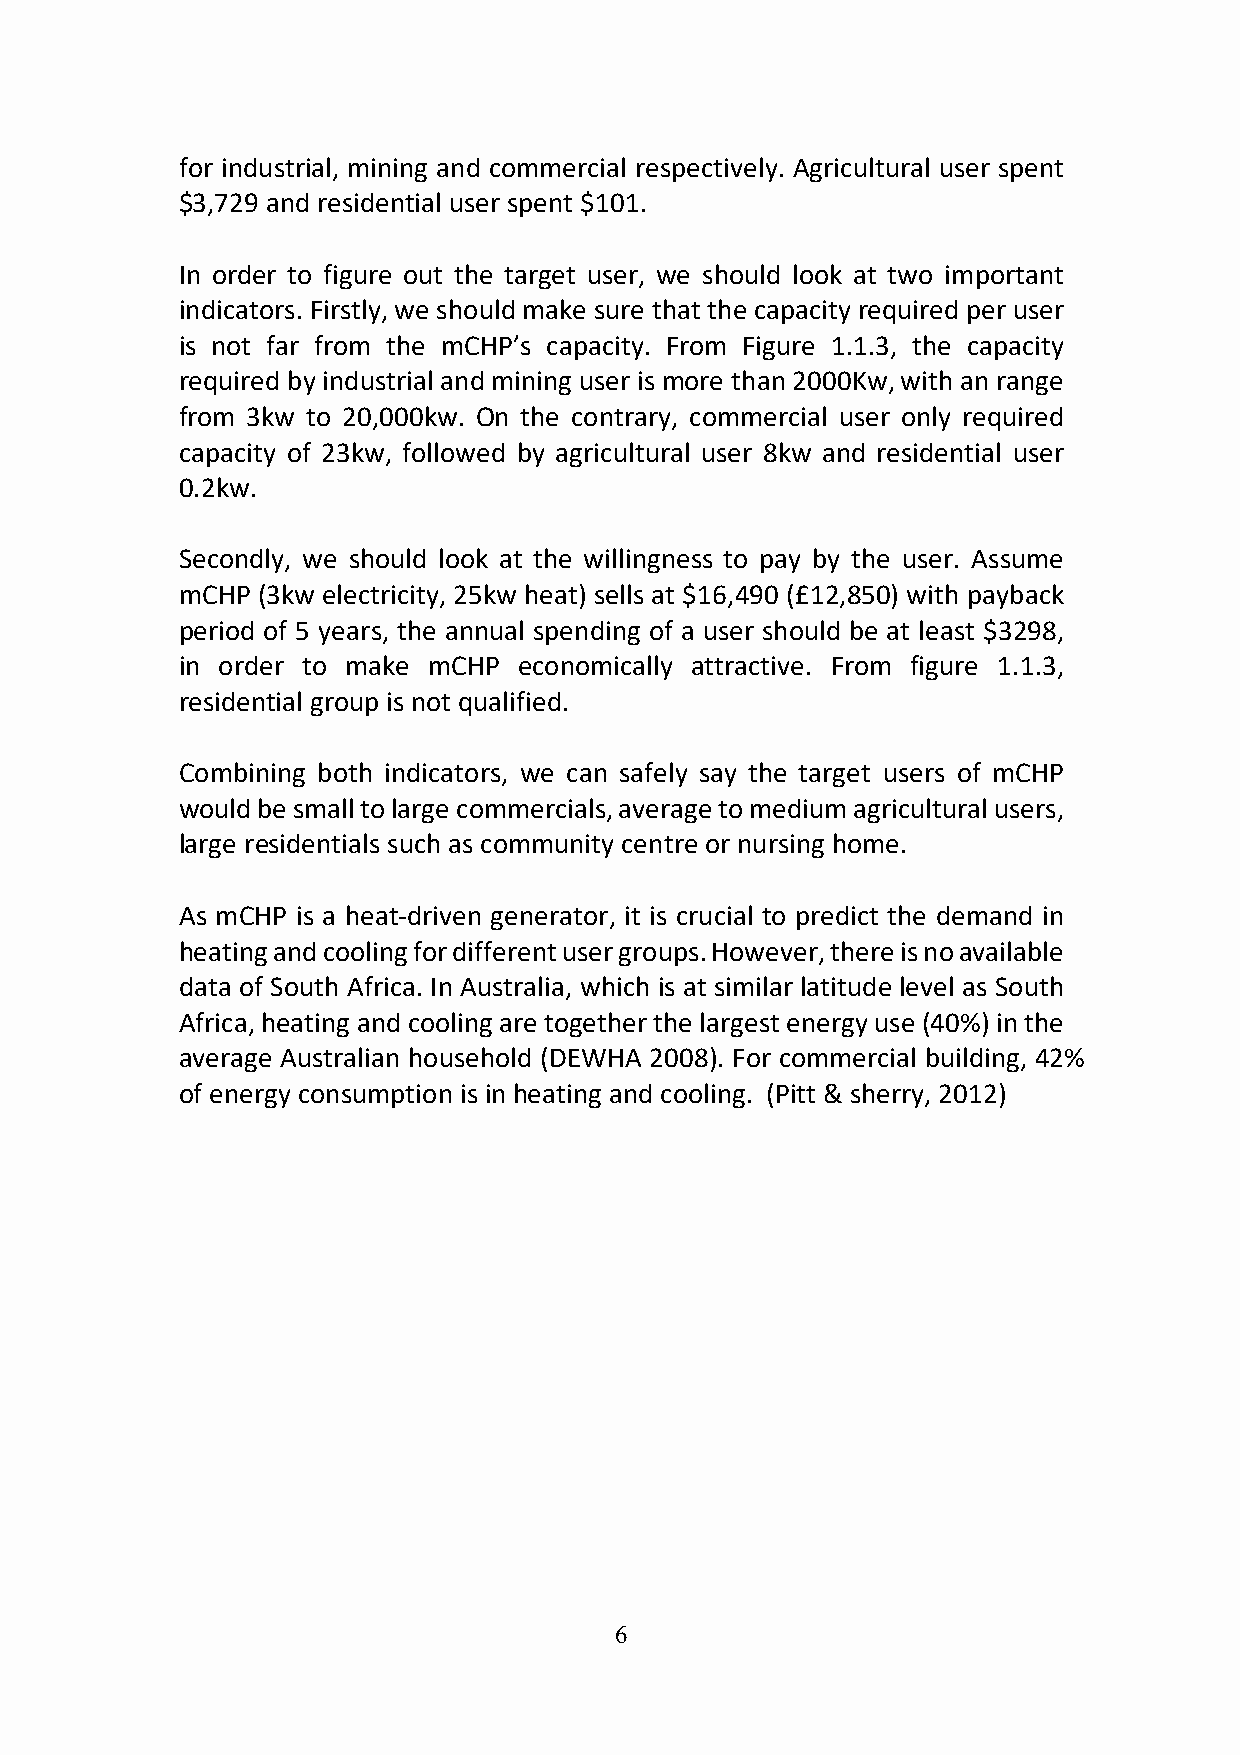
for industrial, mining and commercial respectively. Agricultural user spent
 $3,729 and residential user spent $101.
 In order to figure out the target user, we should look at two important
 indicators. Firstly, we should make sure that the capacity required per user
 is not far from the mCHP’s capacity. From Figure 1.1.3, the capacity
 required by industrial and mining user is more than 2000Kw, with an range
 from 3kw to 20,000kw. On the contrary, commercial user only required
 capacity of 23kw, followed by agricultural user 8kw and residential user
 0.2kw.
 Secondly, we should look at the willingness to pay by the user. Assume
 mCHP (3kw electricity, 25kw heat) sells at $16,490 (£12,850) with payback
 period of 5 years, the annual spending of a user should be at least $3298,
 in order to make mCHP economically attractive. From figure 1.1.3,
 residential group is not qualified.
 Combining both indicators, we can safely say the target users of mCHP
 would be small to large commercials, average to medium agricultural users,
 large residentials such as community centre or nursing home.
 As mCHP is a heat-driven generator, it is crucial to predict the demand in
 heating and cooling for different user groups. However, there is no available
 data of South Africa. In Australia, which is at similar latitude level as South
 Africa, heating and cooling are together the largest energy use (40%) in the
 average Australian household (DEWHA 2008). For commercial building, 42%
 of energy consumption is in heating and cooling. (Pitt & sherry, 2012)
 6